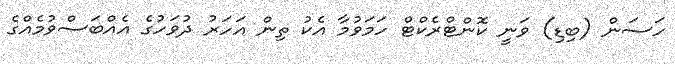
ހަސަން (ބިޑި) ވަނީ ކޮންޓްރެކްޓް ހަމަވުމާ އެކު ތިން އަހަރު ދުވަހުގެ އެއްބަސްވުމެއްގެ